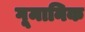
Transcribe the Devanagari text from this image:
गूमानिक